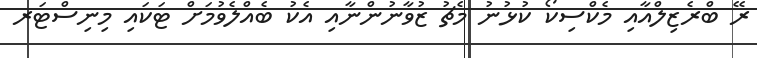
ރޭ ބްރެޒިލްއާއި މެކްސިކޯ ކުޅުނު މެޗު ޒުވާނުންނާއި އެކު ބެއްލެވުމަށް ޓަކައި މިނިސްޓަރ